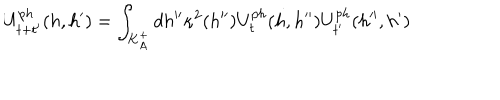
U _ { t + t ^ { \prime } } ^ { p h } ( h , h ^ { \prime } ) = \int _ { K _ { A } ^ { + } } d h ^ { \prime \prime } \kappa ^ { 2 } ( h ^ { \prime \prime } ) U _ { t } ^ { p h } ( h , h ^ { \prime \prime } ) U _ { t ^ { \prime } } ^ { p h } ( h ^ { \prime \prime } , h ^ { \prime } )